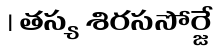
। తస్య శిరససోర్జే